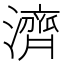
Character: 濟